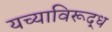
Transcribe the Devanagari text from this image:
यच्याविरूद्ध